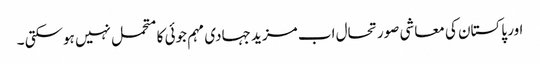
اور پاکستان کی معاشی صورتحال اب مزید جہادی مہم جوئی کا متحمل نہیں ہوسکتی ۔